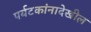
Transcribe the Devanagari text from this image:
पर्यटकांनादेखील